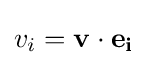
v_{i}=\mathbf {v} \cdot \mathbf {e_{i}}